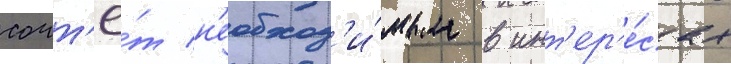
сочт'ё́т н'еобход'и́мым в инт'ер'е́сах